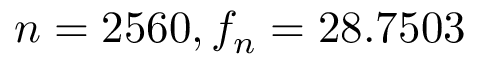
n = 2 5 6 0 , f _ { n } = 2 8 . 7 5 0 3